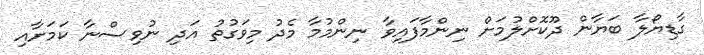
ގާޑިޔޯލާ ބަޔާން ދޫކޮށްލުމަށް ނިންމާފައިވާ ނިންމުމާ މެދު މިވަގުތު އަދި ނުވިސްނާ ކަމަށާއި